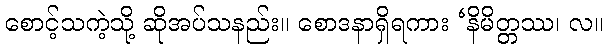
စောင့်သကဲ့သို့ ဆိုအပ်သနည်း။ စောဒနာရှိရကား ‘နိမိတ္တဿ၊ လ။